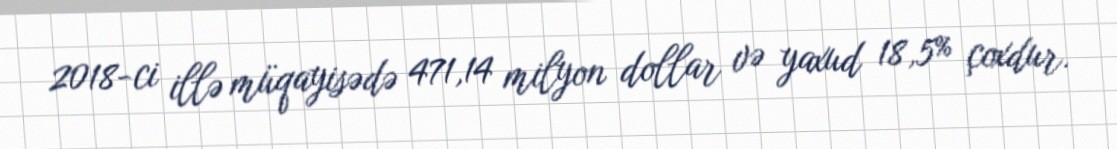
2018-ci illə müqayisədə 471,14 milyon dollar və yaxud 18,5% çoxdur.